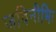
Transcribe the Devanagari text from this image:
जविनीभिः